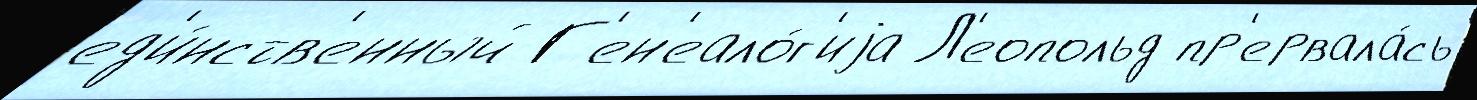
ед'и́нств'енный Г'ен'еало́г'иjа Л'еопольд пр'ервала́сь